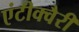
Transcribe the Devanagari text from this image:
एंटीक्वैरी